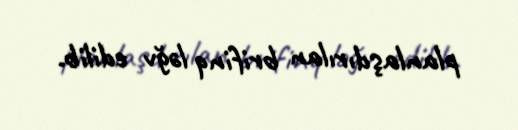
planlaşdırılan brifinq ləğv edilib.